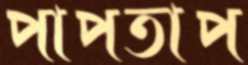
পাপতাপ